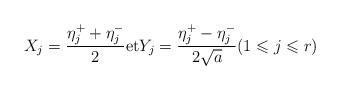
LaTeX: \begin{align*}X_j=\frac{\eta_j^++\eta_j^-}{2} \mbox{et} Y_j=\frac{\eta_j^+-\eta_j^-}{2\sqrt{a}} (1 \leqslant j \leqslant r)\end{align*}